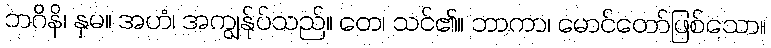
ဘဂိနိ၊ နှမ။ အဟံ၊ အကျွန်ုပ်သည်။ တေ၊ သင်၏။ ဘာကာ၊ မောင်တော်ဖြစ်သော။